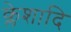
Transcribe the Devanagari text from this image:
क्लेशादि